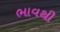
ભાવથી